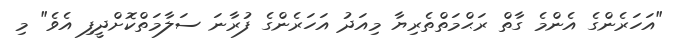
"އަހަރެންގެ އެންމެ ގާތް ރަޙްމަތްތެރިޔާ މިއަދު އަހަރެންގެ ފުރާނަ ސަލާމަތްކޮށްދީފި އެވެ" މި